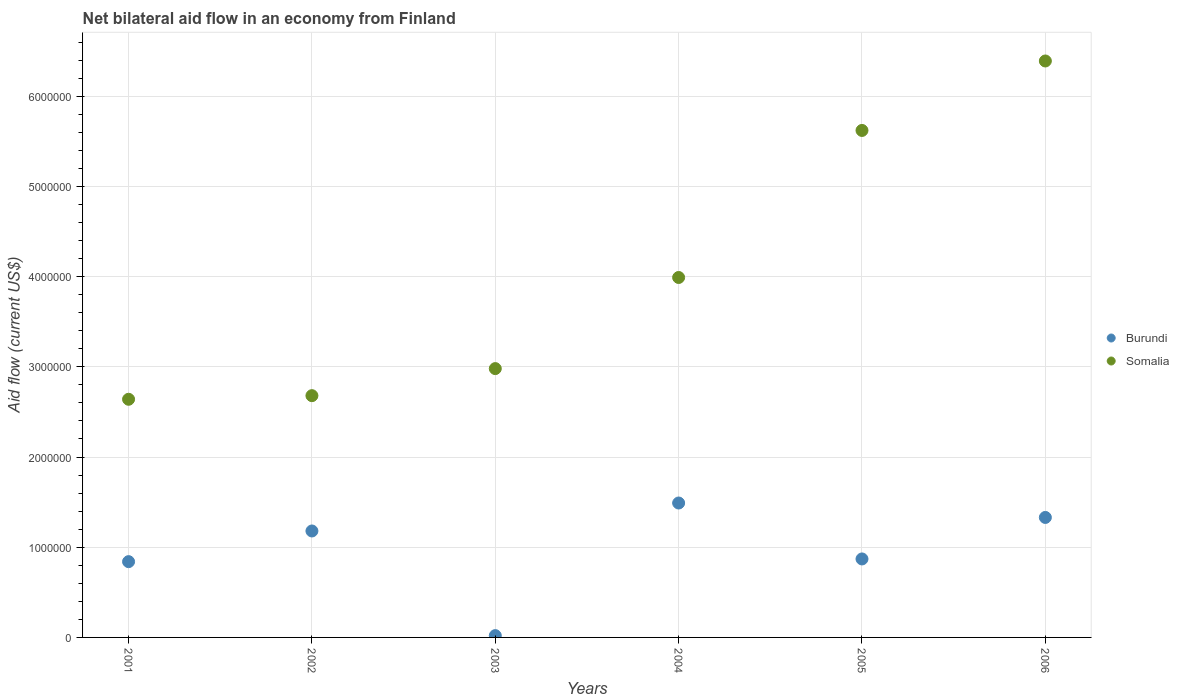
| Years | Burundi | Somalia |
 | --- | --- | --- |
 | 2001 | 8.4e+05 | 2.64e+06 |
 | 2002 | 1.18e+06 | 2.68e+06 |
 | 2003 | 2e+04 | 2.98e+06 |
 | 2004 | 1.49e+06 | 3.99e+06 |
 | 2005 | 8.7e+05 | 5.62e+06 |
 | 2006 | 1.33e+06 | 6.39e+06 |